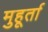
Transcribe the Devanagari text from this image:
मुहूर्ता